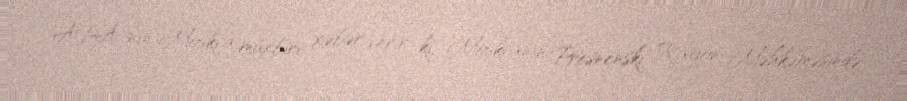
APA-nın Moskva müxbiri xəbər verir ki, Moskvanın Presnenski Rayon Məhkəməsində